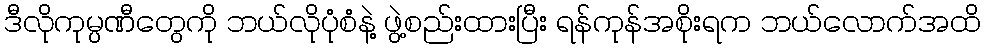
ဒီလိုကုမ္ပဏီတွေကို ဘယ်လိုပုံစံနဲ့ ဖွဲ့စည်းထားပြီး ရန်ကုန်အစိုးရက ဘယ်လောက်အထိ